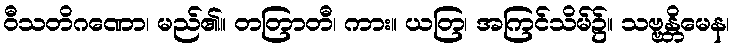
ဝီသတိဂဏော၊ မည်၏။ တတြာတီ၊ ကား။ ယတြ၊ အကြင်သိမ်၌။ သဗ္ဗန္တိမေန၊